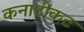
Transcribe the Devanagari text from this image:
कनाटीकट